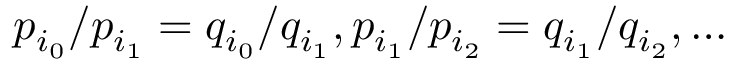
p _ { i _ { 0 } } / p _ { i _ { 1 } } = q _ { i _ { 0 } } / q _ { i _ { 1 } } , p _ { i _ { 1 } } / p _ { i _ { 2 } } = q _ { i _ { 1 } } / q _ { i _ { 2 } } , \dots